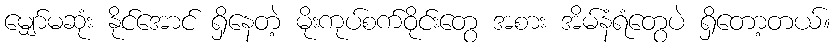
မျှော်မဆုံး နိုင်အောင် ရှိနေတဲ့ မိုးကုပ်စက်ဝိုင်းတွေ အစား အိမ်နံရံတွေပဲ ရှိတော့တယ်။